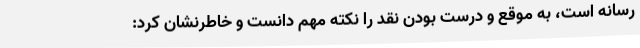
رسانه است، به موقع و درست بودن نقد را نکته مهم دانست و خاطرنشان کرد: